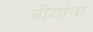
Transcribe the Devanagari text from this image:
बीयांना